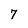
Character: 7